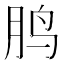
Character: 𱉒